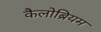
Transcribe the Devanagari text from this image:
कैलोब्रियम